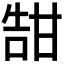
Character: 𪽀